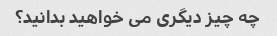
چه چیز دیگری می خواهید بدانید؟